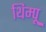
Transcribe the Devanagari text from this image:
थिम्पू